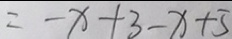
= - x + 3 - x + 5